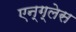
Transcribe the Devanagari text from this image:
एन्ग्लेस